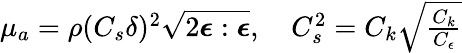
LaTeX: \begin{array}{r}{\mu_{a}=\rho(C_{s}\delta)^{2}\sqrt{2\boldsymbol{\epsilon}:\boldsymbol{\epsilon}},\quad C_{s}^{2}=C_{k}\sqrt{\frac{C_{k}}{C_{\epsilon}}}}\end{array}